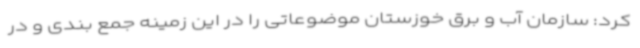
کرد: سازمان آب و برق خوزستان موضوعاتی را در این زمینه جمع بندی و در